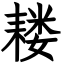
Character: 耧